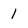
Character: 1